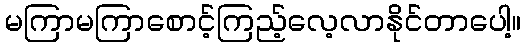
မကြာမကြာစောင့်ကြည့်လေ့လာနိုင်တာပေါ့။